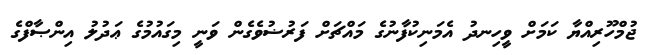
ޖުމްހޫރިއްޔާ ކަމަށް ވީހިނދު އެމަނިކުފާނުގެ މައްޗަށް ފަރުޟުވެގެން ވަނީ މިގައުމުގެ ޢަދުލު އިންޞާފްގެ